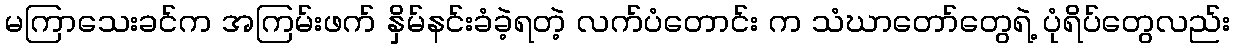
မကြာသေးခင်က အကြမ်းဖက် နှိမ်နင်းခံခဲ့ရတဲ့ လက်ပံတောင်း က သံဃာတော်တွေရဲ့ ပုံရိပ်တွေလည်း